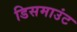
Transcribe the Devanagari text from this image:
डिसमाउंट